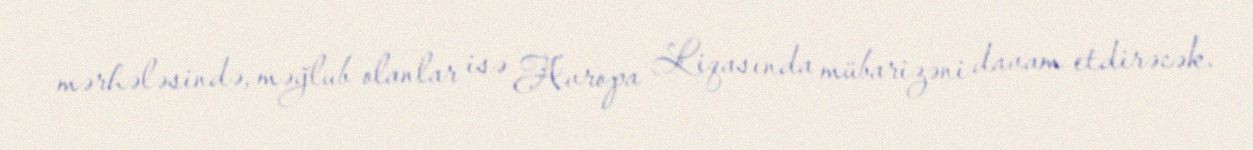
mərhələsində, məğlub olanlar isə Avropa Liqasında mübarizəni davam etdirəcək.